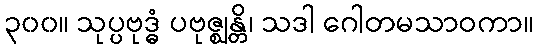
၃၀၀။ သုပ္ပဗုဒ္ဓံ ပဗုဇ္ဈန္တိ၊ သဒါ ဂေါတမသာဝကာ။